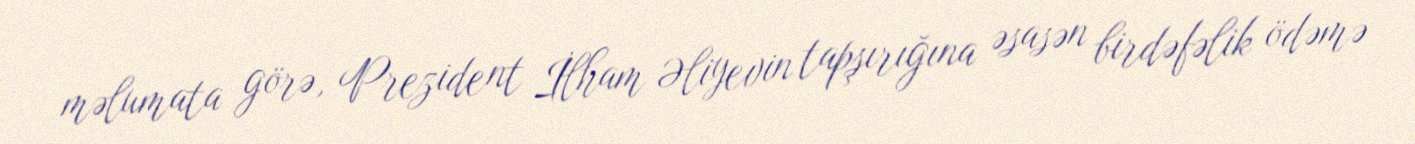
məlumata görə, Prezident İlham Əliyevin tapşırığına əsasən birdəfəlik ödəmə